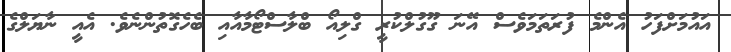
އައުމަށްފަހު އެންމެ ފުރަތަމަވެސް އޭނަ ގޫގުލްކުރީ ގްލިއޯ ބްލާސްޓޯމާއާއި ބެހެގޮތުންނެވެ. އެއީ ނާޔަލްގެ